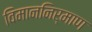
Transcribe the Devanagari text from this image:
विमाननिर्माण